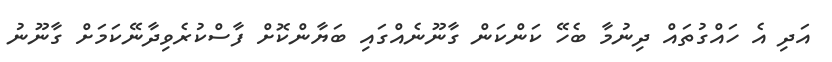
އަދި އެ ހައްގުތައް ދިނުމާ ބެހޭ ކަންކަން ގާނޫނެއްގައި ބަޔާންކޮށް ފާސްކުރެވިދާނޭކަމަށް ގާނޫނު